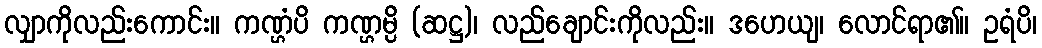
လျှာကိုလည်းကောင်း။ ကဏ္ဌံပိ ကဏ္ဌမ္ပိ (ဆဋ္ဌ)၊ လည်ချောင်းကိုလည်း။ ဒဟေယျ၊ လောင်ရာ၏။ ဥရံပိ၊